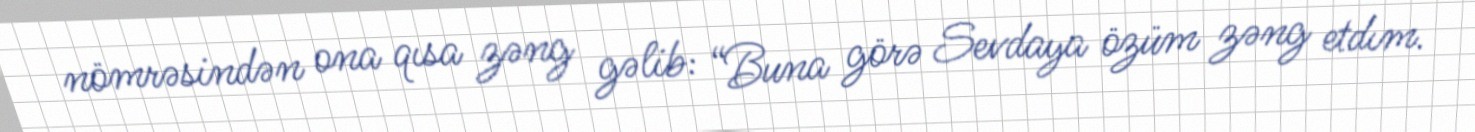
nömrəsindən ona qısa zəng gəlib: “Buna görə Sevdaya özüm zəng etdım.